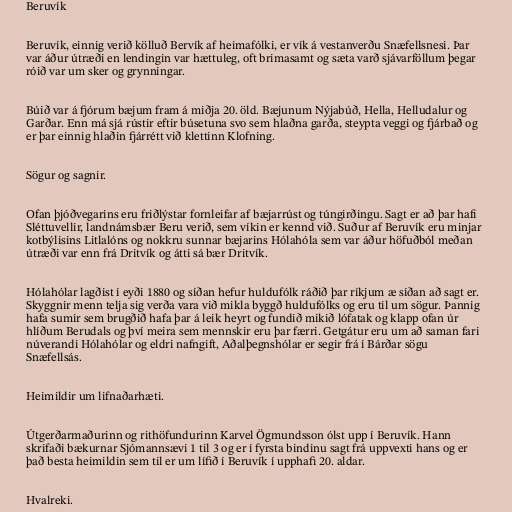
Beruvík

Beruvík, einnig verið kölluð Bervík af heimafólki, er vík á vestanverðu Snæfellsnesi. Þar
var áður útræði en lendingin var hættuleg, oft brimasamt og sæta varð sjávarföllum þegar
róið var um sker og grynningar.

Búið var á fjórum bæjum fram á miðja 20. öld. Bæjunum Nýjabúð, Hella, Helludalur og
Garðar. Enn má sjá rústir eftir búsetuna svo sem hlaðna garða, steypta veggi og fjárbað og
er þar einnig hlaðin fjárrétt við klettinn Klofning.

Sögur og sagnir.

Ofan þjóðvegarins eru friðlýstar fornleifar af bæjarrúst og túngirðingu. Sagt er að þar hafi
Sléttuvellir, landnámsbær Beru verið, sem víkin er kennd við. Suður af Beruvík eru minjar
kotbýlisins Litlalóns og nokkru sunnar bæjarins Hólahóla sem var áður höfuðból meðan
útræði var enn frá Dritvík og átti sá bær Dritvík.

Hólahólar lagðist í eyði 1880 og síðan hefur huldufólk ráðið þar ríkjum æ síðan að sagt er.
Skyggnir menn telja sig verða vara við mikla byggð huldufólks og eru til um sögur. Þannig
hafa sumir sem brugðið hafa þar á leik heyrt og fundið mikið lófatak og klapp ofan úr
hlíðum Berudals og því meira sem mennskir eru þar færri. Getgátur eru um að saman fari
núverandi Hólahólar og eldri nafngift, Aðalþegnshólar er segir frá í Bárðar sögu
Snæfellsás.

Heimildir um lifnaðarhæti.

Útgerðarmaðurinn og rithöfundurinn Karvel Ögmundsson ólst upp í Beruvík. Hann
skrifaði bækurnar Sjómannsævi 1 til 3 og er í fyrsta bindinu sagt frá uppvexti hans og er
það besta heimildin sem til er um lífið í Beruvík í upphafi 20. aldar.

Hvalreki.